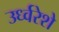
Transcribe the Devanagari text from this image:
उर्ध्वरेशे